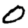
Digit: 0